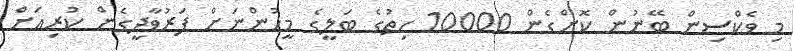
މި ވެކްސިން ބޭނުން ކޮށްގެން 10000 ހިތުގެ ބަލީގެ މީހުންނަށް ފަރުވާދީގެން ކުރިއަށް